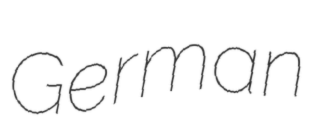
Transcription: German